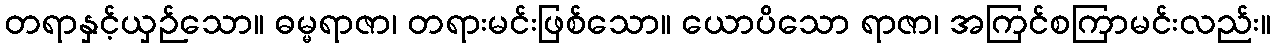
တရာနှင့်ယှဉ်သော။ ဓမ္မရာဇာ၊ တရားမင်းဖြစ်သော။ ယောပိသော ရာဇာ၊ အကြင်စကြာမင်းလည်း။